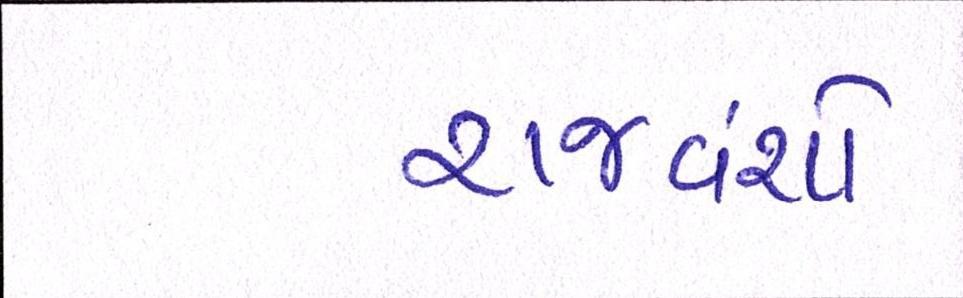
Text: રાજવંશો